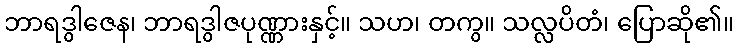
ဘာရဒွါဇေန၊ ဘာရဒွါဇပုဏ္ဏားနှင့်။ သဟ၊ တကွ။ သလ္လပိတံ၊ ပြောဆို၏။